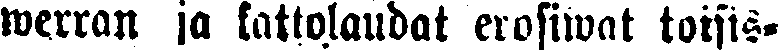
werran ja kattolaudat erosiwat toisis-